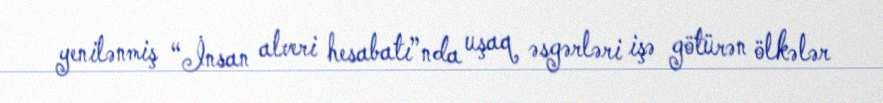
yenilənmiş “İnsan alveri hesabatı”nda uşaq əsgərləri işə götürən ölkələr